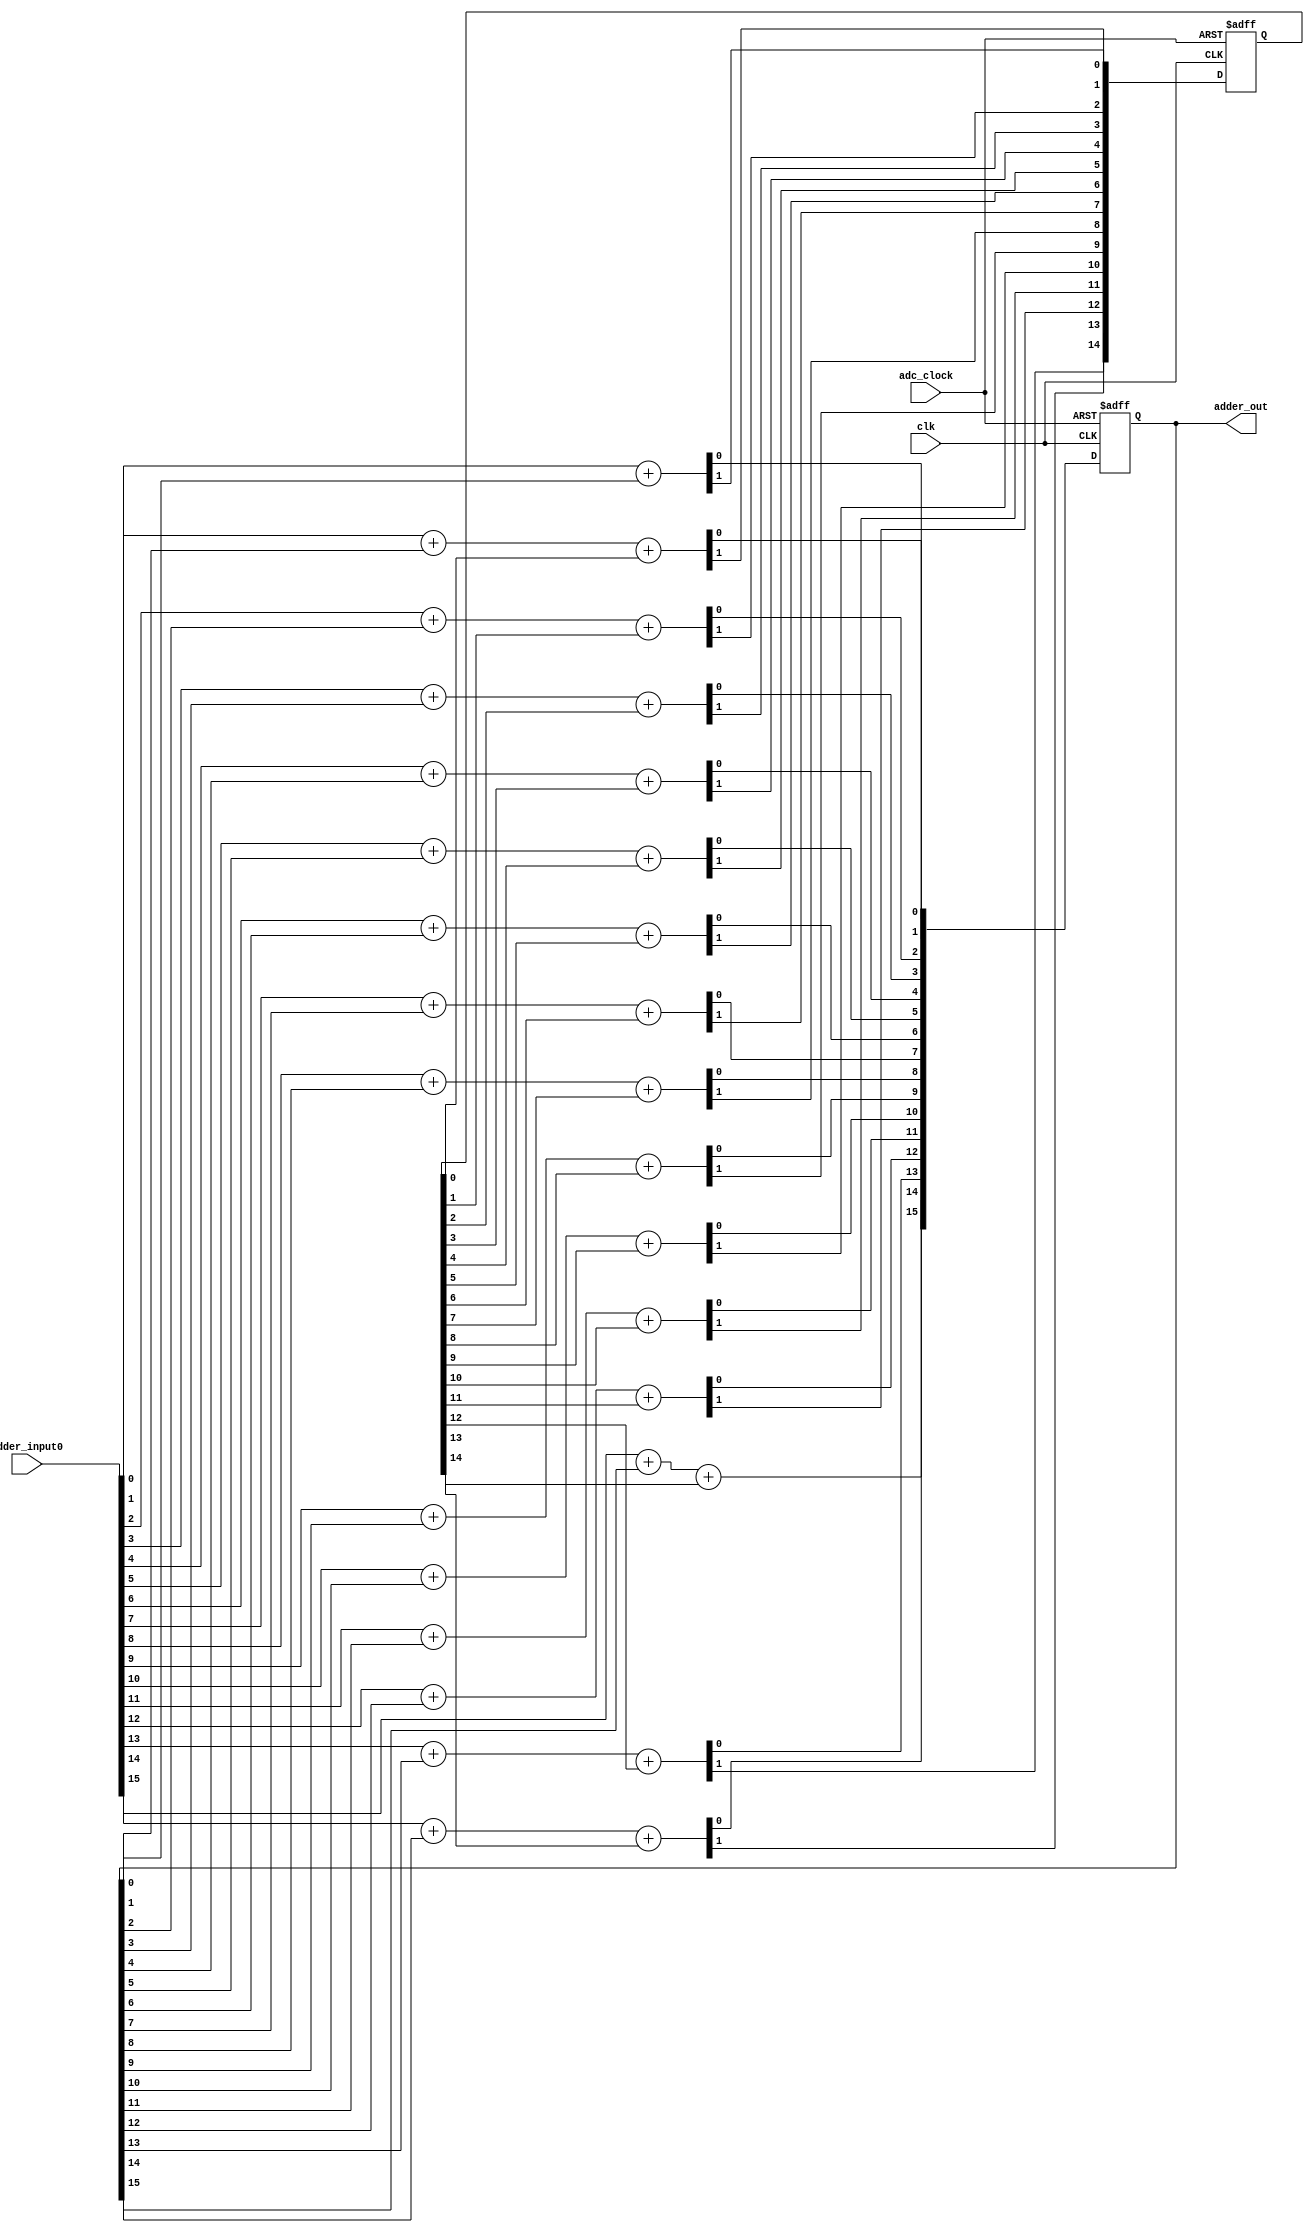
module adder (
    input clk,
    input adc_clock, // Resets on adc_clock
    input [15:0] adder_input0,
    output reg [15:0] adder_out
);

reg [15:0] sum;
reg [15:0] carry;

always @(posedge clk or posedge adc_clock) begin
    if (adc_clock) begin
        sum <= 16'b0;
        carry <= 16'b0;
    end else begin
        {carry[0], sum[0]} <= adder_input0[0] + adder_out[0];
        {carry[1], sum[1]} <= adder_input0[1] + adder_out[1] + carry[0];
        {carry[2], sum[2]} <= adder_input0[2] + adder_out[2] + carry[1];
        {carry[3], sum[3]} <= adder_input0[3] + adder_out[3] + carry[2];
        {carry[4], sum[4]} <= adder_input0[4] + adder_out[4] + carry[3];
        {carry[5], sum[5]} <= adder_input0[5] + adder_out[5] + carry[4];
        {carry[6], sum[6]} <= adder_input0[6] + adder_out[6] + carry[5];
        {carry[7], sum[7]} <= adder_input0[7] + adder_out[7] + carry[6];
        {carry[8], sum[8]} <= adder_input0[8] + adder_out[8] + carry[7];
        {carry[9], sum[9]} <= adder_input0[9] + adder_out[9] + carry[8];
        {carry[10], sum[10]} <= adder_input0[10] + adder_out[10] + carry[9];
        {carry[11], sum[11]} <= adder_input0[11] + adder_out[11] + carry[10];
        {carry[12], sum[12]} <= adder_input0[12] + adder_out[12] + carry[11];
        {carry[13], sum[13]} <= adder_input0[13] + adder_out[13] + carry[12];
        {carry[14], sum[14]} <= adder_input0[14] + adder_out[14] + carry[13];
        {carry[15], sum[15]} <= adder_input0[15] + adder_out[15] + carry[14];
    end
end

assign adder_out = sum;

endmodule